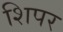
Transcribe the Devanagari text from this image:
शिपर